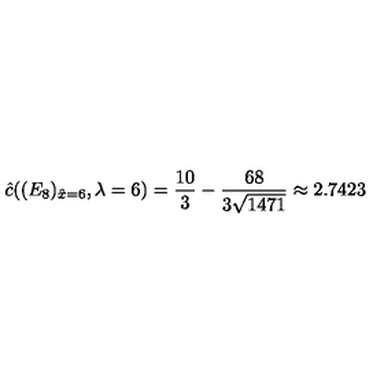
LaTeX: \hat { c } ( ( E _ { 8 } ) _ { \hat { x } = 6 } , \lambda = 6 ) = \frac { 1 0 } { 3 } - \frac { 6 8 } { 3 \sqrt { 1 4 7 1 } } \approx 2 . 7 4 2 3